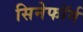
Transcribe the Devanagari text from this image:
सिनेफॉर्म